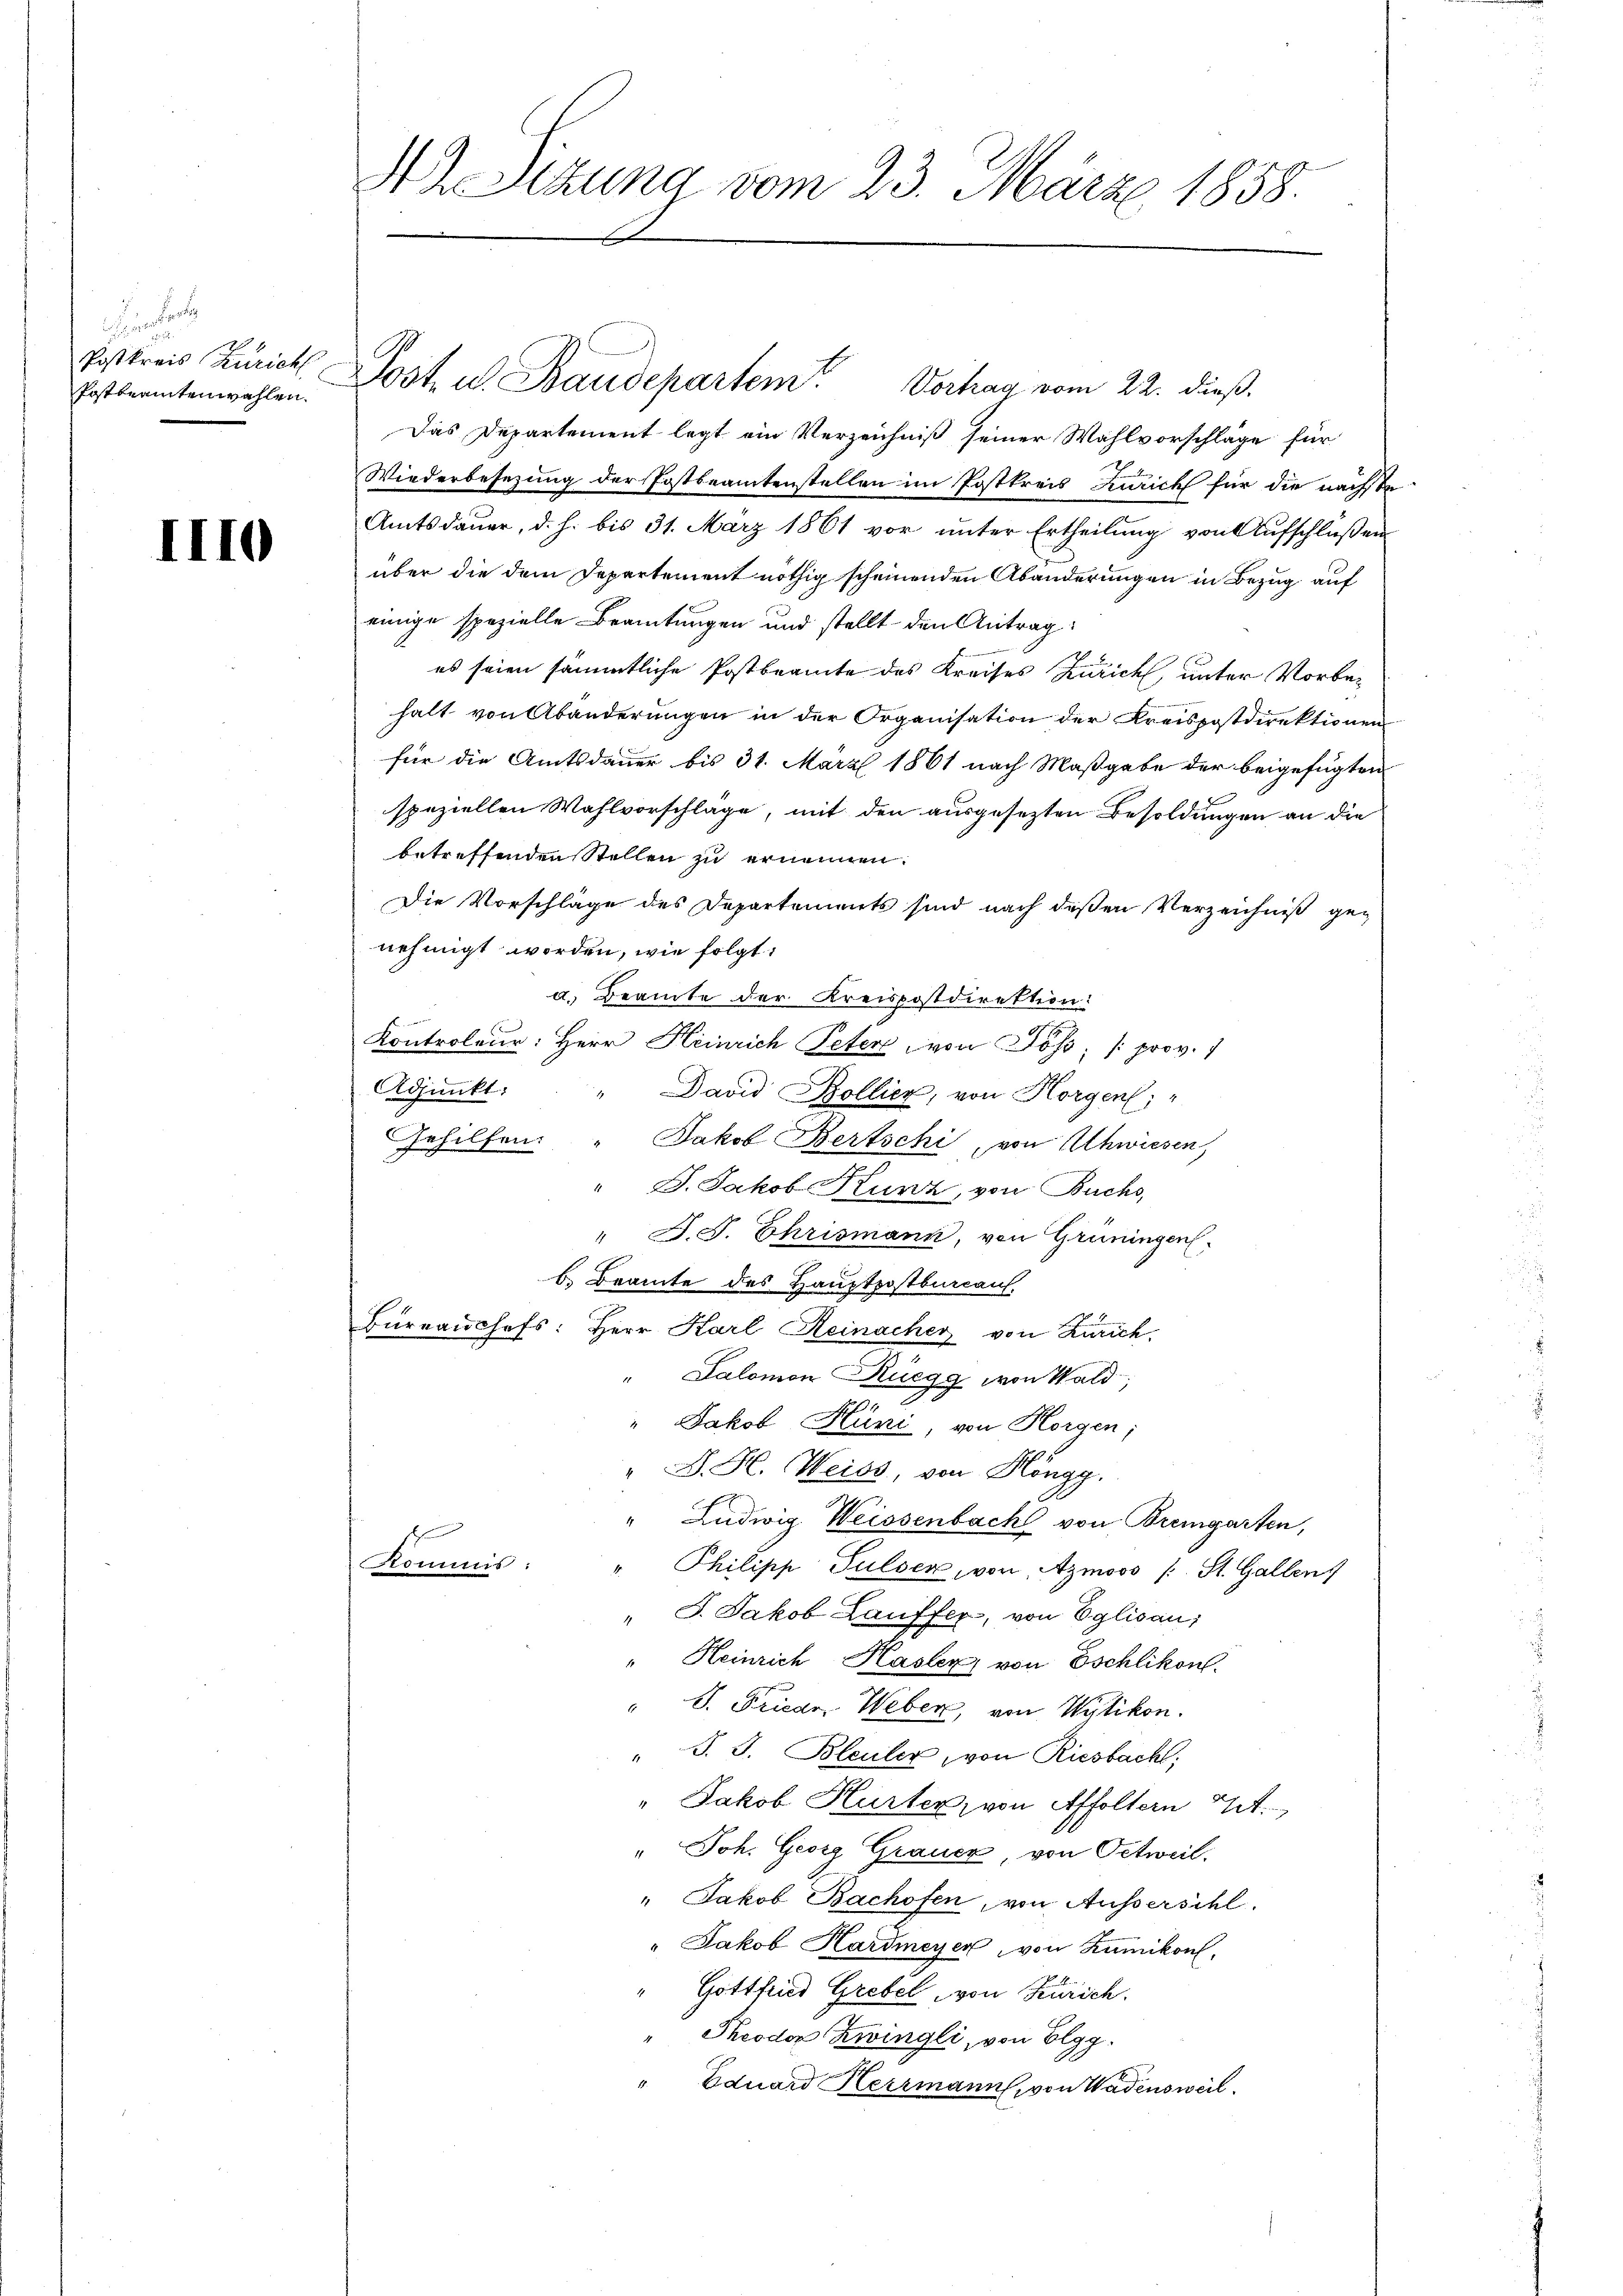
e
Postkreis Zürich
Postbeamtenwahlen.

III

42. Sitzung vom 23. März 1858.

Das Departement legt ein Verzeichniß seiner Wahlvorschläge für
Wiederbesezung der Postbeamtenstellen im Postkreis Kurich für die nächste
Amtsdauer, d. h. bis 31. März 1861 vor unter Ertheilung von Aufschlüssen
über die dem Departement nöthig scheinenden Abänderungen in Bezug auf
einige spezielle Beamtungen und stellt den Antrag
es seien sämmtliche Postbeamte des Kreises Zürich, unter Vorbehalt von Abänderungen in der Organisation der Kreispostdirektionen
für die Amtsdauer bis 31. März 1861 nach Maßgabe der beigefügten
speziellen Wahlvorschlage, mit den ausgesezten Besoldungen an die
betreffenden Stellen zu ernennen.
Die Vorschläge des Departements sind nach deßen Verzeichniß genehmigt worden, wie folgt:
a. Beamte der Kreispostdirektion:
Kontroleur: Herr Heinrich Peter von Coss; prov. 1
Adjunkt: " David Zollier, von Horgen: "
Gehilfen: " Jakob Bertschi, von Schwiesen,
" J. Jakob Kunz, von Buchs,
" D. J. Ehrismann, von Grüningen.
b. Beamte des Hauptpostburcans.
Büreaŭchefs: Herr Karl Reinacher von Zürich
Salomon Rüegg von Wald,
Jakob Hüni, von Horgen;
" G. H. Weiss, von Höngg.
" Ludwig Weissenbach von Bremgarten,
Kommis:
Philipp Tulser, von Azmoos /: St. Gallen
" J. Jakob Lauffer, von Eglisau;
" Heinrich Hasler von Eschlikon.
 P. Friedr. Weber, von Wytikon.
J. J. Bleuler, von Riesbacht;
" Jakob Hurter, von Affoltern Tit.
" Joh. Georg Grauer, von Oetweil.
" Jakob Bachofen, von Aussersihl.
" Jakob Hardmeyer von Rümikon,
Gottfried Grebel von Zürich.
Theodor Zwingli, von Elgg.
Eduard Herrmann, von Wadensweil.

Post u. Baudepartem Vorhan vom 22. dieß.